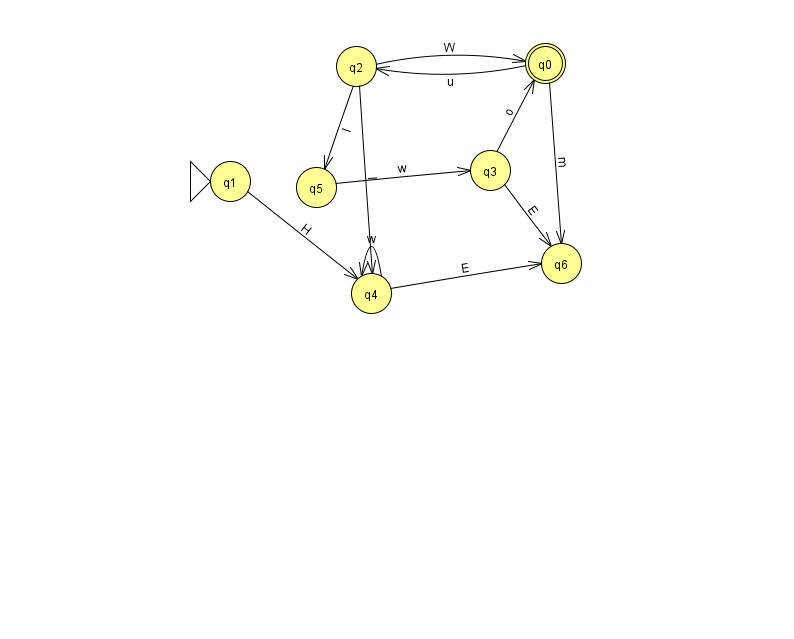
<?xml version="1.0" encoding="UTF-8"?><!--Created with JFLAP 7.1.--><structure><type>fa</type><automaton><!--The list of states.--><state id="0" name="q0"><x>545.0</x><y>50.0</y><final/></state><state id="1" name="q1"><x>230.0</x><y>168.0</y><initial/></state><state id="2" name="q2"><x>356.0</x><y>53.0</y></state><state id="3" name="q3"><x>490.0</x><y>157.0</y></state><state id="4" name="q4"><x>371.0</x><y>280.0</y></state><state id="5" name="q5"><x>316.0</x><y>174.0</y></state><state id="6" name="q6"><x>561.0</x><y>250.0</y></state><!--The list of transitions.--><transition><from>4</from><to>6</to><read>E</read></transition><transition><from>2</from><to>4</to><read>I</read></transition><transition><from>2</from><to>0</to><read>W</read></transition><transition><from>2</from><to>5</to><read>l</read></transition><transition><from>0</from><to>6</to><read>m</read></transition><transition><from>0</from><to>2</to><read>u</read></transition><transition><from>4</from><to>4</to><read>w</read></transition><transition><from>5</from><to>3</to><read>w</read></transition><transition><from>3</from><to>6</to><read>E</read></transition><transition><from>1</from><to>4</to><read>H</read></transition><transition><from>3</from><to>0</to><read>o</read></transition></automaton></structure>